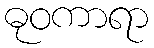
ဓုဝကာရာ